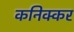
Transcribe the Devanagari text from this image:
कनिक्कर